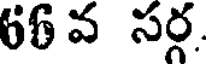
66 వ సర్గ.